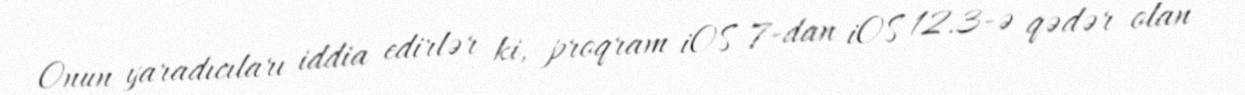
Onun yaradıcıları iddia edirlər ki, proqram iOS 7-dan iOS 12.3-ə qədər olan